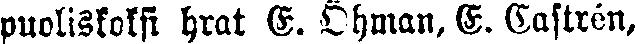
puoliskoksi hrat E. Öhman, E. Castrén,